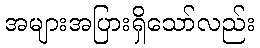
အများအပြားရှိသော်လည်း